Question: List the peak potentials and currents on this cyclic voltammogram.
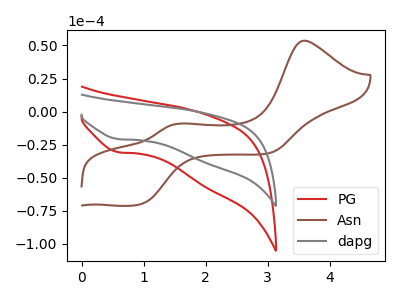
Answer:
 <answer>The red curve "PG" has a cathodic peak at: (0.60V, -30.75uA). The brown curve "Asn" has anodic peaks at (3.60V, 53.60uA) (1.60V, -9.15uA) and cathodic peaks at (0.95V, -69.95uA) (3.05V, -31.30uA). The gray curve "dapg" has a cathodic peak at: (0.60V, -20.85uA).</answer>
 <eval></eval>